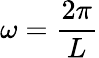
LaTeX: \omega=\frac{2\pi}{L}